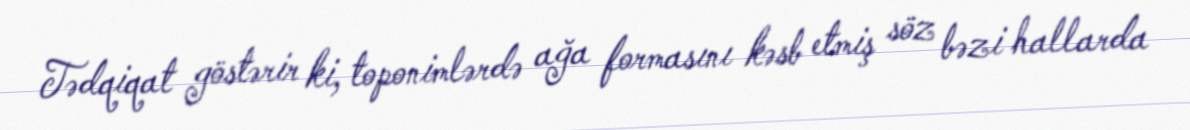
Tədqiqat göstərir ki, toponimlərdə ağa formasını kəsb etmiş söz bəzi hallarda